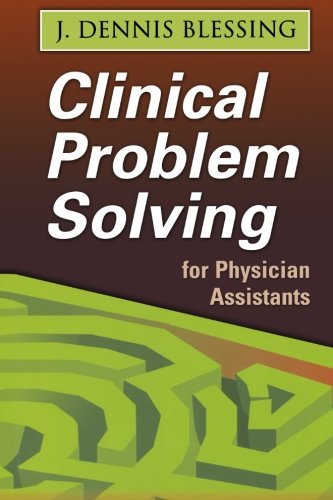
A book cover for Clinical Problem Solving for Physician Assistants; Medical Books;